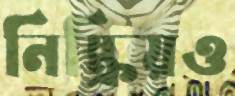
নিষ্ক্রিয়ও